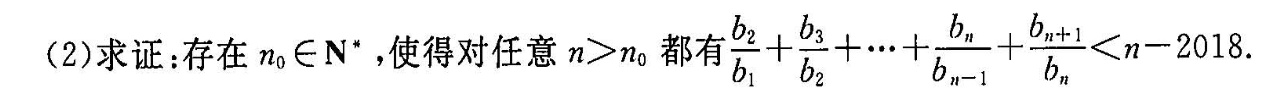
(2)求证:存在n_{0}∈N*，使得对任意n>n_{0}都有\frac{b_{2}}{b_{1}}+\frac{b_{3}}{b_{2}}+…+\frac{b_{n}}{b_{n-1}}+\frac{b_{n+1}}{b_{n}}<n-2018.